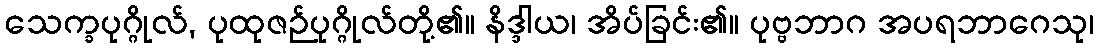
သေက္ခပုဂ္ဂိုလ်, ပုထုဇဉ်ပုဂ္ဂိုလ်တို့၏။ နိဒ္ဒါယ၊ အိပ်ခြင်း၏။ ပုဗ္ဗဘာဂ အပရဘာဂေသု၊